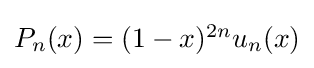
{\textstyle P_{n}(x)=(1-x)^{2n}u_{n}(x)}